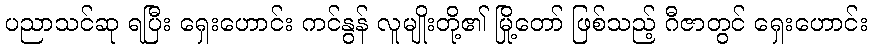
ပညာသင်ဆု ရပြီး ရှေးဟောင်း ကင်နွန် လူမျိုးတို့၏ မြို့တော် ဖြစ်သည့် ဂီဇာတွင် ရှေးဟောင်း